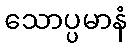
သောပ္ပမာနံ